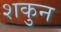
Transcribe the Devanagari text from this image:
शकुुन